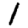
Digit: 1